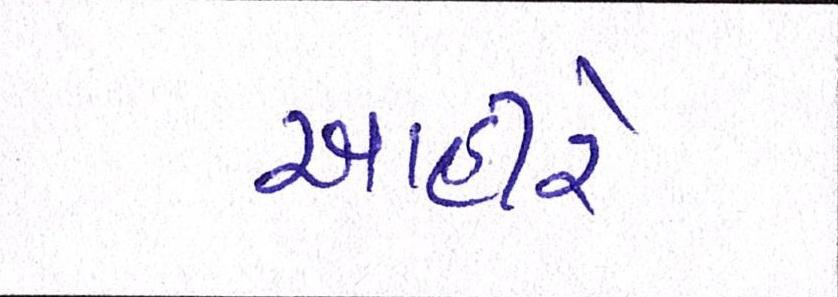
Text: આહીરે